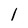
Character: 1